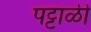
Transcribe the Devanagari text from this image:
पट्टाळी